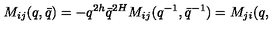
M _ { i j } ( q , \bar { q } ) = - q ^ { 2 h } \bar { q } ^ { 2 H } M _ { i j } ( q ^ { - 1 } , \bar { q } ^ { - 1 } ) = M _ { j i } ( q ,